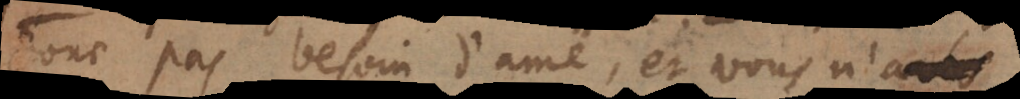
donc pas besoin d’ame, et vous n’